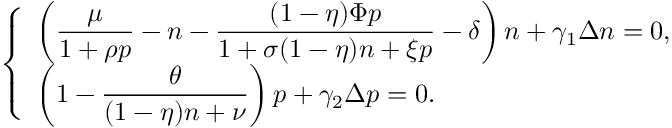
\left\{ \begin{array} { l l } { \left( \displaystyle \frac { \mu } { 1 + \rho p } - n - \displaystyle \frac { ( 1 - \eta ) \Phi p } { 1 + \sigma ( 1 - \eta ) n + \xi p } - \delta \right) n + \gamma _ { 1 } \Delta n = 0 , } \\ { \left( 1 - \displaystyle \frac { \theta } { ( 1 - \eta ) n + \nu } \right) p + \gamma _ { 2 } \Delta p = 0 . } \end{array} \right.